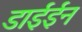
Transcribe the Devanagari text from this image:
डाईईन